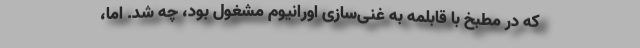
که در مطبخ با قابلمه به غنی‌سازی اورانیوم مشغول بود، چه شد. اما،